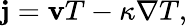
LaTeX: \mathbf{j}=\mathbf{v}T-\kappa\nabla T,